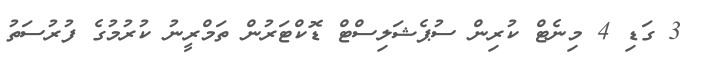
3 ގަޑި 4 މިނެޓް ކުރިން ސުޕެޝަލިސްޓް ޑޮކްޓަރުން ތަމްރީނު ކުރުމުގެ ފުރުސަތު